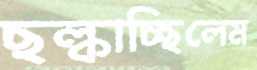
ছল্‌কাচ্ছিলেম